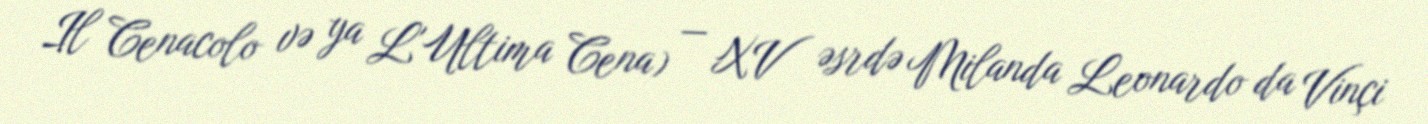
Il Cenacolo və ya L'Ultima Cena) — XV əsrdə Milanda Leonardo da Vinçi